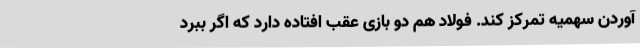
آوردن سهمیه تمرکز کند. فولاد هم دو بازی عقب افتاده دارد که اگر ببرد